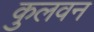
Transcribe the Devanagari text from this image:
कुलवन